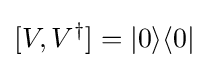
[V,V^{\dagger }]=|0\rangle \langle 0|